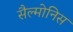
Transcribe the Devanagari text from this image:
सैल्मोनिस